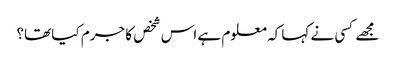
مجھے کسی نے کہا کہ معلوم ہے اس شخص کا جرم کیا تھا؟